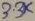
Text: 3.3K